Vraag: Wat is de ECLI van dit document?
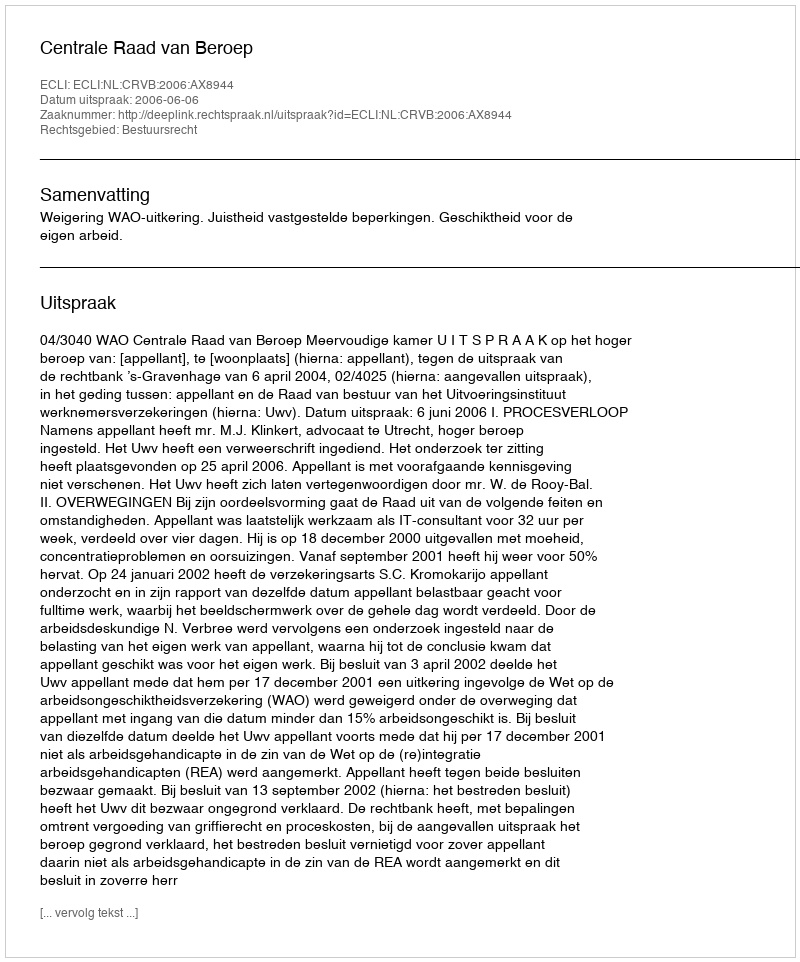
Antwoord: ECLI:NL:CRVB:2006:AX8944